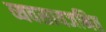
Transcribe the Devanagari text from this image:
व्यवसायजनित